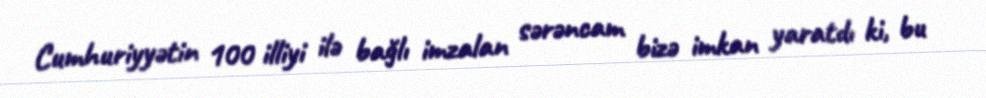
Cumhuriyyətin 100 illiyi ilə bağlı imzalan sərəncam bizə imkan yaratdı ki, bu